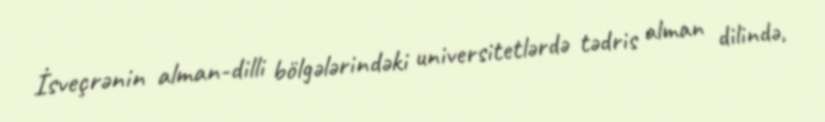
İsveçrənin alman-dilli bölgələrindəki universitetlərdə tədris alman dilində,